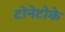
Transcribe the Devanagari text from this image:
टोनेटोके